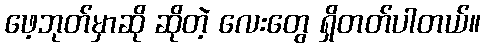
ဖေ့ဘုတ်မှာဆို ဆိုတဲ့ လေးတွေ ရှိတတ်ပါတယ်။